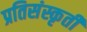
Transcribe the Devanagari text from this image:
प्रतिसंस्कृती